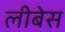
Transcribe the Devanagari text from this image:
लीबेस